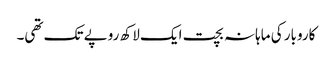
کاروبار کی ماہانہ بچت ایک لاکھ روپے تک تھی۔